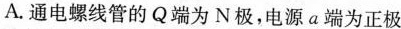
A.通电螺线管的Q端为N极，电源a端为正极